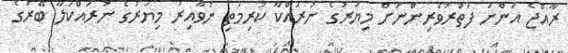
ރާއްޖެ އަންނަ ފަތުރުވެރިންނަށް މިޔަރުގެ ނުރައްކާ ކުރިމަތި ނުވާއިރު މިޔަރުގެ ނުރައްކަލާ ބޭރުގެ